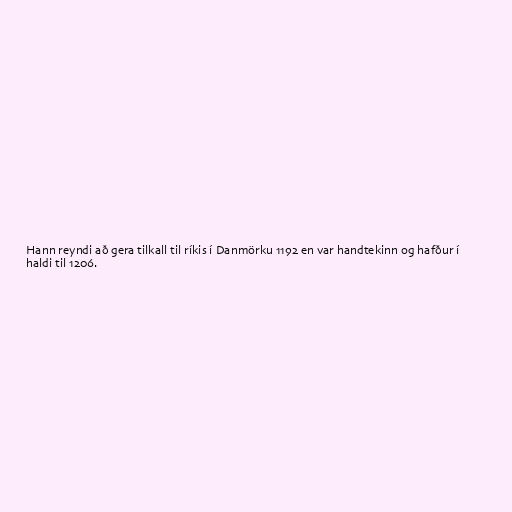
Hann reyndi að gera tilkall til ríkis í Danmörku 1192 en var handtekinn og hafður í
haldi til 1206.